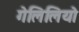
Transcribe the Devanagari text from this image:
गेलिलियो